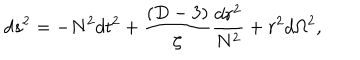
d s ^ { 2 } = - N ^ { 2 } d t ^ { 2 } + \frac { ( D - 3 ) } { \zeta } \frac { d r ^ { 2 } } { N ^ { 2 } } + r ^ { 2 } d \Omega ^ { 2 } ,